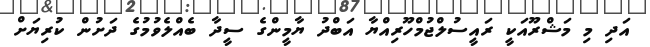
އަދި މި މަޝްރޫއަކީ ރައީސުލްޖުމްހޫރިއްޔާ އަބްދު ޔާމީންގެ ސީދާ ބެއްލެވުމުގެ ދަށުން ކުރިޔަށް